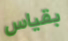
بقياس